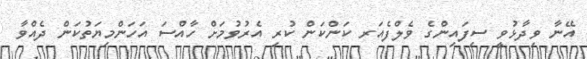
އޭނާ ވިދާޅުވީ ސިފައިންގެ ވެލްފެއަރ ކަންކަން ކުރި އެރުވުމަށް ހާއްސަ އަހަންމިޔަތުކަން ދެއްވާ